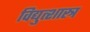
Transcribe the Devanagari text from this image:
विद्युत्शास्त्र